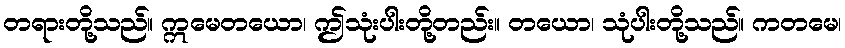
တရားတို့သည်။ ဣမေတယော၊ ဤသုံးပါးတို့တည်း။ တယော၊ သုံပါးတို့သည်။ ကတမေ၊